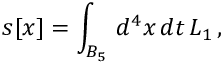
s [ x ] = \int _ { B _ { 5 } } \, d ^ { 4 } x \, d t \, { \cal L } _ { 1 } \, ,